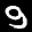
Label: 9